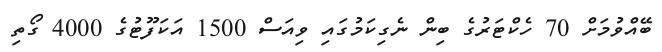
ބޭއްވުމަށް 70 ހެކްޓަރުގެ ބިން ނެގިކަމުގައި ވިއަސް 1500 އަކަފޫޓުގެ 4000 ގޯތި